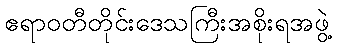
ဧရာဝတီတိုင်းဒေသကြီးအစိုးရအဖွဲ့